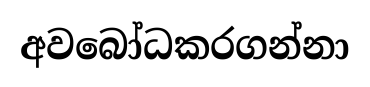
අවබෝධකරගන්නා